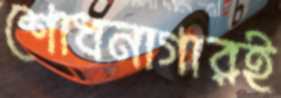
শোধনাগারই